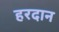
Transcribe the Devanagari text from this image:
हरदान